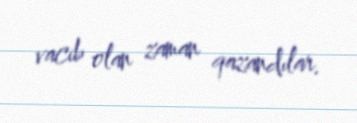
vacib olan zaman qazandılar.